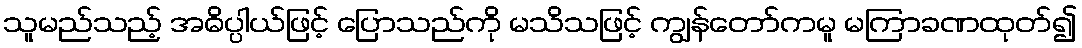
သူမည်သည့် အဓိပ္ပါယ်ဖြင့် ပြောသည်ကို မသိသဖြင့် ကျွန်တော်ကမူ မကြာခဏထုတ်၍